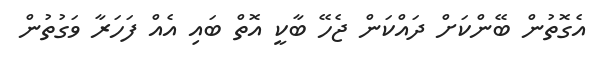
އެގޮތުން ބޭންކަށް ދައްކަން ޖެހޭ ބާކީ އޮތް ބައި އެއް ފަހަރާ ވަގުތުން